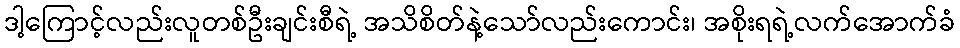
ဒါ့ကြောင့်လည်းလူတစ်ဦးချင်းစီရဲ့ အသိစိတ်နဲ့သော်လည်းကောင်း၊ အစိုးရရဲ့လက်အောက်ခံ